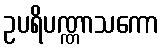
ဥပရိပဏ္ဏာသကော